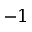
- 1